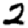
Digit: 2